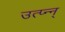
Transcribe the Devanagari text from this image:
उत्प्‍न्न्